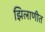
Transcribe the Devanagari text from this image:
झिलाणीत